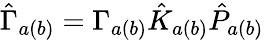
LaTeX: \hat{\Gamma}_{a(b)}=\Gamma_{a(b)}\hat{K}_{a(b)}\hat{P}_{a(b)}